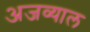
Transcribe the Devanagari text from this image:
अजव्याल